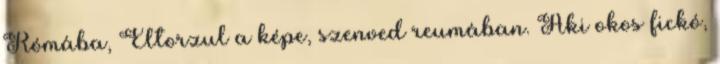
Rómába, Eltorzul a képe, szenved reumában. Aki okos fickó,